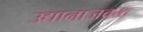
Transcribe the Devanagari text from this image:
उद्यानाजवळ